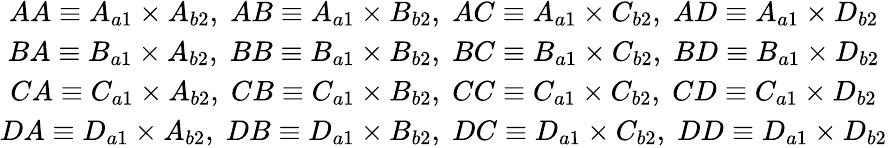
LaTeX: \begin{array}{cc}{AA\equiv A_{a1}\times A_{b2},\; AB\equiv A_{a1}\times B_{b2},\; AC\equiv A_{a1}\times C_{b2},\; AD\equiv A_{a1}\times D_{b2}}\\ {BA\equiv B_{a1}\times A_{b2},\; BB\equiv B_{a1}\times B_{b2},\; BC\equiv B_{a1}\times C_{b2},\; BD\equiv B_{a1}\times D_{b2}}\\ {CA\equiv C_{a1}\times A_{b2},\; CB\equiv C_{a1}\times B_{b2},\; CC\equiv C_{a1}\times C_{b2},\; CD\equiv C_{a1}\times D_{b2}}\\ {DA\equiv D_{a1}\times A_{b2},\; DB\equiv D_{a1}\times B_{b2},\; DC\equiv D_{a1}\times C_{b2},\; DD\equiv D_{a1}\times D_{b2}}\end{array}